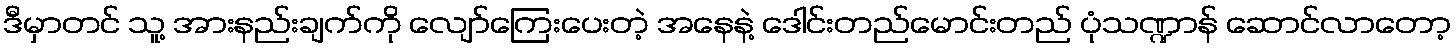
ဒီမှာတင် သူ့ အားနည်းချက်ကို လျော်ကြေးပေးတဲ့ အနေနဲ့ ဒေါင်းတည်မောင်းတည် ပုံသဏ္ဍာန် ဆောင်လာတော့